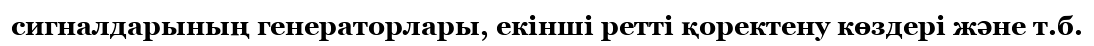
сигналдарының генераторлары, екінші ретті қоректену көздері және т.б.